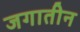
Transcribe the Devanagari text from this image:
जगातीन